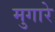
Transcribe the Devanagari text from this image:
मुगारे